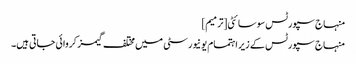
منہاج سپورٹس سوسائٹی[ترمیم]
منہاج سپورٹس کے زیر اہتمام یونیورسٹی میں مختلف گیمز کروائی جاتی ہیں۔